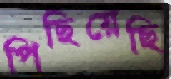
পিছিয়েছি